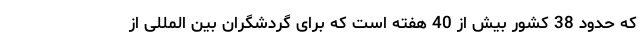
که حدود 38 کشور بیش از 40 هفته است که برای گردشگران بین المللی از